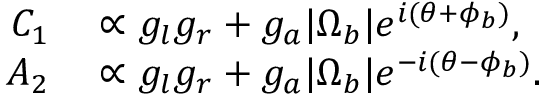
\begin{array} { r l } { C _ { 1 } } & { { } \propto g _ { l } g _ { r } + g _ { a } | \Omega _ { b } | e ^ { i ( \theta + \phi _ { b } ) } , } \\ { A _ { 2 } } & { { } \propto g _ { l } g _ { r } + g _ { a } | \Omega _ { b } | e ^ { - i ( \theta - \phi _ { b } ) } . } \end{array}